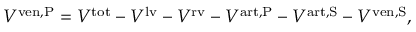
V ^ { \mathrm { v e n , P } } = V ^ { \mathrm { t o t } } - V ^ { \mathrm { l v } } - V ^ { \mathrm { r v } } - V ^ { \mathrm { a r t , P } } - V ^ { \mathrm { a r t , S } } - V ^ { \mathrm { v e n , S } } ,